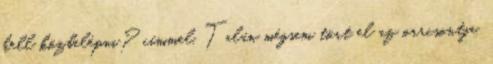
kell közbelépni? címmel. Talán mégsem tört el az orrcsontja,